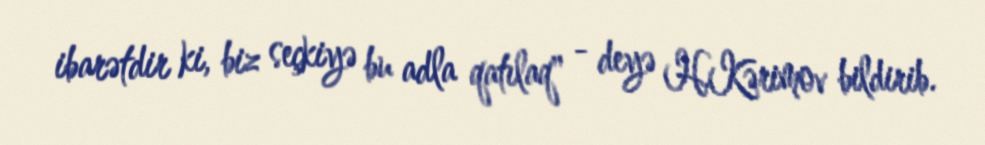
ibarətdir ki, biz seçkiyə bu adla qatılaq" - deyə H.Kərimov bildirib.